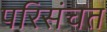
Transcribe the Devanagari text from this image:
परिसंचत